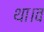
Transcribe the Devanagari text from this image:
था।व